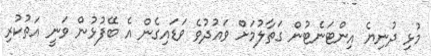
މުޅި ދުނިޔެ އިންޓަނެޓުން ގަތާލުމަށް ވައުދުވެ ވަޑައިގެން އެ ބޭފުޅުން ވަނީ އަތުކުރި